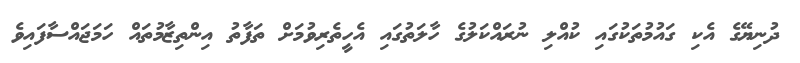
ދުނިޔޭގެ އެކި ގައުމުތަކުގައި ކުއްލި ނުރައްކަލުގެ ހާލަތުގައި އެހީތެރިވުމަށް ތަފާތު އިންތިޒާމުތައް ހަމަޖައްސާފައިވެ